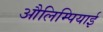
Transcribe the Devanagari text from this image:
औलिम्पियाई